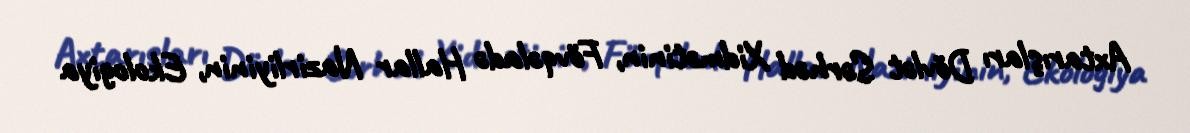
Axtarışları Dövlət Sərhəd Xidmətinin, Fövqəladə Hallar Nazirliyinin, Ekologiya